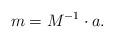
LaTeX: \begin{align*}m = M^{-1} \cdot a.\end{align*}